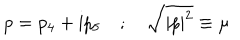
p = p _ { 4 } + \mathrm { i } p _ { 5 } \quad ; \quad \sqrt { | p | ^ { 2 } } \equiv \mu